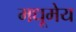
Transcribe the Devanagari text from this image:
मधूमेय